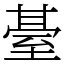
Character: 䑓